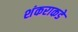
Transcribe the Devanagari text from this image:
शंकराकडे